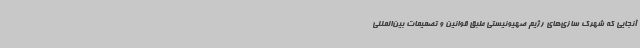
آنجایی که شهرک سازی‌های رژیم صهیونیستی طبق قوانین و تصمیمات بین‌المللی